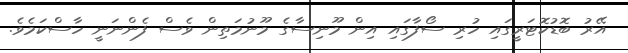
އޭރު ބޮޑުކޮޓަރީގައި ހުރި ސޯފާގައި އިން މޫނިސާގެ މޫނުމަތިން ވެސް ފެންނަނީ ހާސްކަމެވެ.